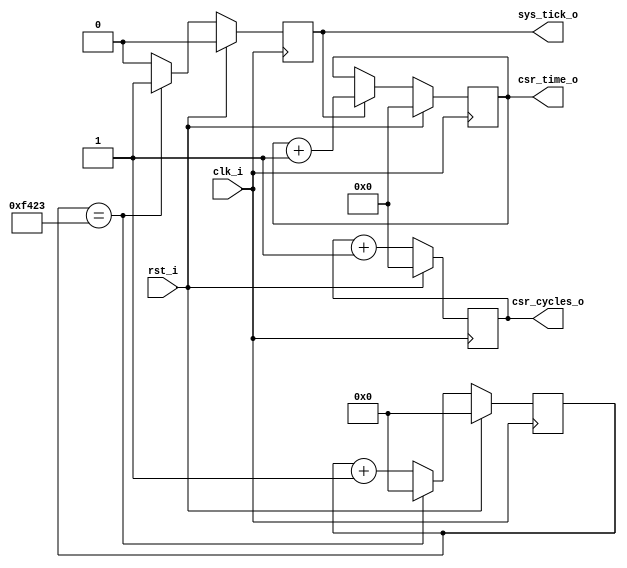
module urv_timer
  (
   input 	 clk_i,
   input 	 rst_i,

   output [39:0] csr_time_o,
   output [39:0] csr_cycles_o,
  
   output 	 sys_tick_o
   );

   parameter g_timer_frequency = 1000;
   parameter g_clock_frequency = 62500000;

   localparam g_prescaler = (g_clock_frequency / g_timer_frequency ) - 1;
   
   reg [23:0] 	 presc;
   reg 		 presc_tick;
   
   reg [39:0] 	 cycles;
   reg [39:0] 	 ticks;
   
   always@(posedge clk_i)
     if(rst_i)
       begin
	  presc <= 0;
	  presc_tick <= 0;
       end else begin
	  if(presc == g_prescaler) begin
	     presc <= 0;
	     presc_tick <= 1;
	  end else begin
	     presc_tick <= 0;
	     presc <= presc + 1;
	  end // else: !if(rst_i)
       end // else: !if(rst_i)

   always @(posedge clk_i)
     if (rst_i)
       ticks <= 0;
     else if (presc_tick)
       ticks <= ticks + 1;
   
   always @(posedge clk_i)
     if (rst_i)
       cycles <= 0;
     else
       cycles <= cycles + 1;
   
   
   assign csr_time_o = ticks;
   assign csr_cycles_o = cycles;
   assign sys_tick_o = presc_tick;
   
endmodule